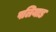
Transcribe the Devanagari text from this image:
पलियाड